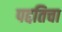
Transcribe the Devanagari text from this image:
पद्दतिचा